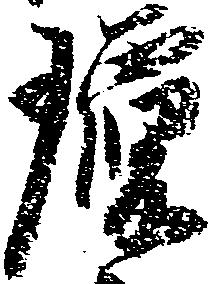
瓊